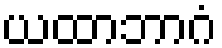
ယထာဘာဂံ